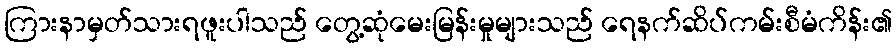
ကြားနာမှတ်သားရဖူးပါသည် တွေ့ဆုံမေးမြန်းမှုများသည် ရေနက်ဆိပ်ကမ်းစီမံကိန်း၏